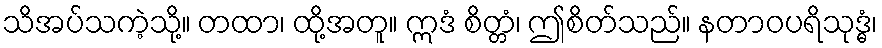
သိအပ်သကဲ့သို့။ တထာ၊ ထို့အတူ။ ဣဒံ စိတ္တံ၊ ဤစိတ်သည်။ နတာဝပရိသုဒ္ဓံ၊